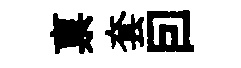
禀套囙